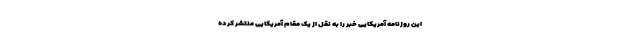
این روزنامه آمریکایی خبر را به نقل از یک مقام آمریکایی منتشر کرده